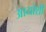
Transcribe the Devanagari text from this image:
आयोशी